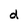
Character: d